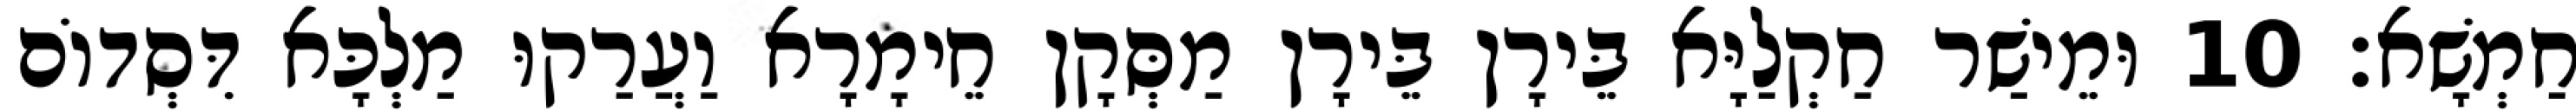
חַמְשָׁא׃ 10 וּמֵישַׁר חַקְלַיָּא בֵּירָן בֵּירָן מַסְּקָן חֵימָרָא וַעֲרַקוּ מַלְכָּא דִּסְדוֹם